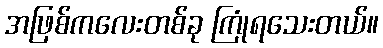
အဖြစ်ကလေးတစ်ခု ကြုံရသေးတယ်။